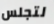
لتجلس